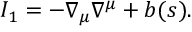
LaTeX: I _ { 1 } = - \nabla _ { \mu } \nabla ^ { \mu } + b ( s ) .